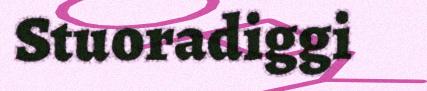
Stuoradiggi